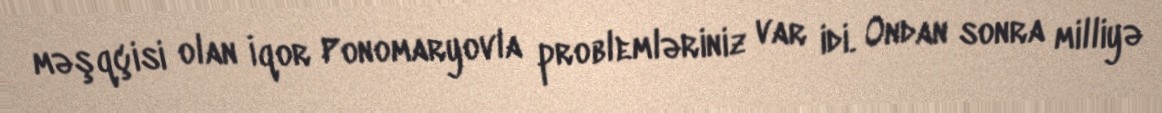
məşqçisi olan İqor Ponomaryovla problemləriniz var idi. Ondan sonra milliyə